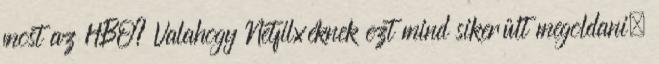
most az HBO? Valahogy Netfilxéknek ezt mind sikerült megoldani.